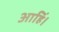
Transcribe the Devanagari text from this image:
आहिं।